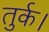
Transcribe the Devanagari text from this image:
तुर्क।